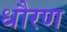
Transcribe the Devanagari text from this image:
धौरण